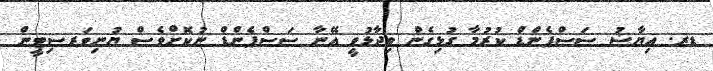
ޑރ. ޢިޔާޟު ސަސްޕެންޑް ކުރުމާ ގުޅިގެން ވިދާޅުވީ އޭނާ ސަސްޕެންޑް ނުކޮށްވެސް ޔުނިވަރސިޓީން